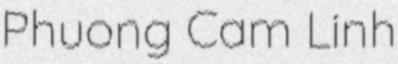
Phuong Cam Linh